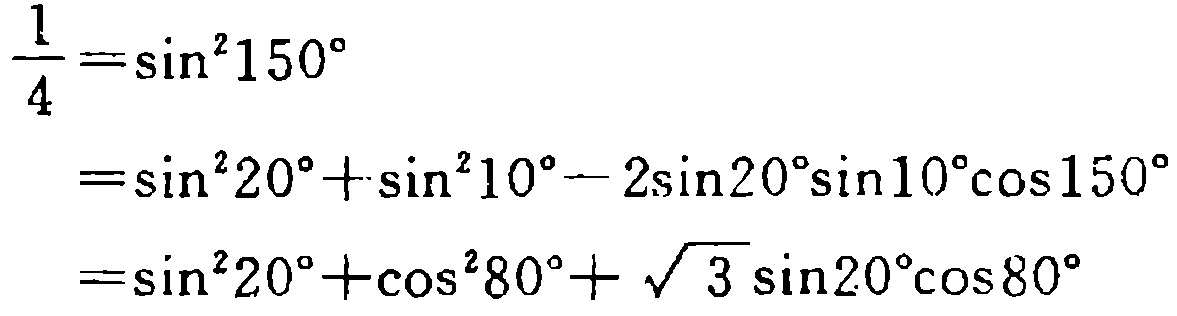
$\begin{align*}
\frac{1}{4}&=\sin^{2}150^{\circ}\\
&=\sin^{2}20^{\circ}+\sin^{2}10^{\circ}-2\sin20^{\circ}\sin10^{\circ}\cos150^{\circ}\\
&=\sin^{2}20^{\circ}+\cos^{2}80^{\circ}+\sqrt{3}\sin20^{\circ}\cos80^{\circ}
\end{align*}$